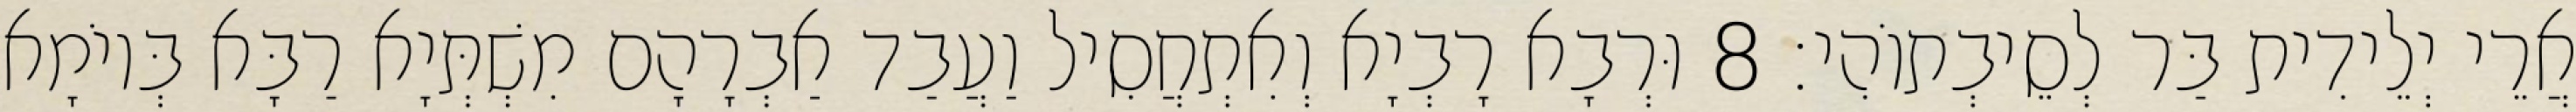
אֲרֵי יְלֵידִית בַּר לְסֵיבְתוֹהִי׃ 8 וּרְבָא רָבְיָא וְאִתְחֲסִיל וַעֲבַד אַבְרָהָם מִשְׁתְּיָא רַבָּא בְּיוֹמָא